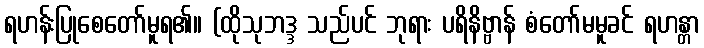
ရဟန်းပြုစေတော်မူရ၏။ (ထိုသုဘဒ္ဒ သည်ပင် ဘုရား ပရိနိဗ္ဗာန် စံတော်မမူခင် ရဟန္တာ